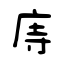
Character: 庤